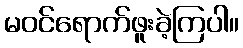
မဝင်ရောက်ဖူးခဲ့ကြပါ။